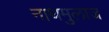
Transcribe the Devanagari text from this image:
नाथमुलाज